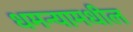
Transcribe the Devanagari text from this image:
धमन्यामधील